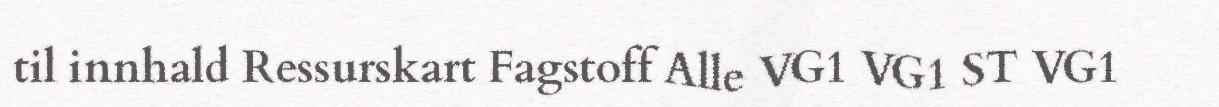
til innhald Ressurskart Fagstoff Alle VG1 VG1 ST VG1